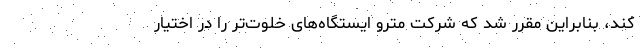
کند، بنابراین مقرر شد که شرکت مترو ایستگاه‌های خلوت‌تر را در اختیار